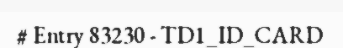
# Entry 83230 - TD1_ID_CARD